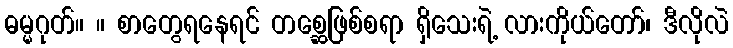
ဓမ္မဂုတ်။ ။ စာတွေရနေရင် တစ္ဆေဖြစ်စရာ ရှိသေးရဲ့ လားကိုယ်တော်၊ ဒီလိုလဲ